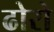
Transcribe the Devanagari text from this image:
ढोरो